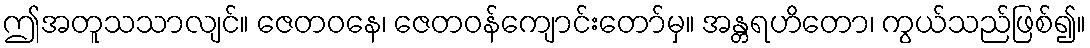
ဤအတူသသာလျင်။ ဇေတဝနေ၊ ဇေတဝန်ကျောင်းတော်မှ။ အန္တရဟိတော၊ ကွယ်သည်ဖြစ်၍။